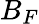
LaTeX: B_{F}